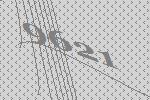
9621